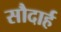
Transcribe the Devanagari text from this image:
सौदार्ह